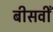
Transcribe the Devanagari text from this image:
बीसवीँ